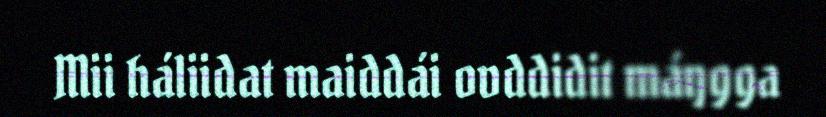
Mii háliidat maiddái ovddidit máŋgga